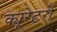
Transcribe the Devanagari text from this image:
क्यूरेटरों